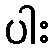
ပါး